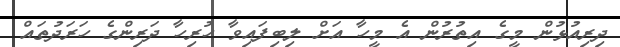
ދިރިއުޅުން މީގެ އިތުރުން އެ މީހާ އަށް ލިބިފައިވާ ހުރިހާ ދަރިންގެ ހަރަދުތައް